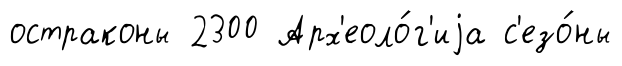
остраконы 2300 Арх'еоло́г'иjа с'езо́ны